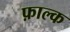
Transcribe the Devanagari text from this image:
फ़ाल्क